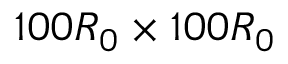
1 0 0 R _ { 0 } \times 1 0 0 R _ { 0 }